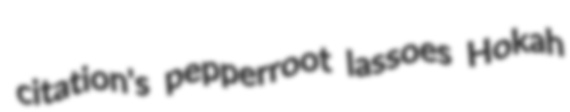
citation's pepperroot lassoes Hokah